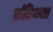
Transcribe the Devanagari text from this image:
तांत्रिकता